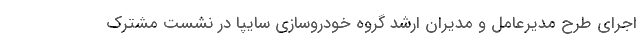
اجرای طرح مدیرعامل و مدیران ارشد گروه خودروسازی سایپا در نشست مشترک